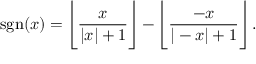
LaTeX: \ \operatorname { s g n } ( x ) = { \Bigg \lfloor } { \frac { x } { | x | + 1 } } { \Bigg \rfloor } - { \Bigg \lfloor } { \frac { - x } { | - x | + 1 } } { \Bigg \rfloor } \, .